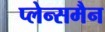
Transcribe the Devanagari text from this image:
प्लेन्समैन